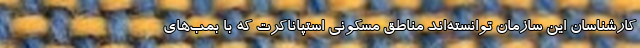
کارشناسان این سازمان توانسته‌اند مناطق مسکونی استپاناکرت که با بمب‌های